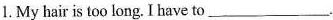
1. My hair is too long. I have to ___.